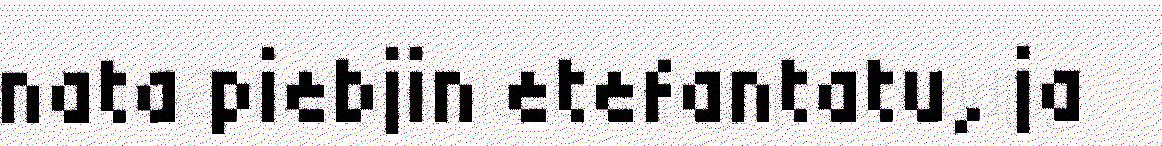
nata piebjin etefantatu, ja